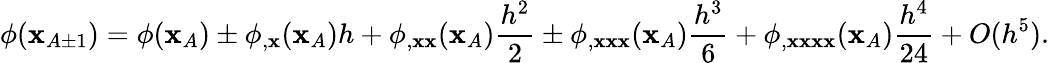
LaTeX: \phi(\mathbf{x}_{A\pm1})=\phi(\mathbf{x}_{A})\pm\phi_{,\mathbf{x}}(\mathbf{x}_{A})h+\phi_{,\mathbf{x}\mathbf{x}}(\mathbf{x}_{A})\frac{{h^{2}}}{{2}}\pm\phi_{,\mathbf{x}\mathbf{x}\mathbf{x}}(\mathbf{x}_{A})\frac{{h^{3}}}{{6}}+\phi_{,\mathbf{x}\mathbf{x}\mathbf{x}\mathbf{x}}(\mathbf{x}_{A})\frac{{h^{4}}}{{24}}+O(h^{5}).